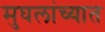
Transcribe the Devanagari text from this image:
मुघलांच्यात